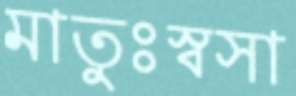
মাতুঃস্বসা